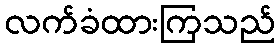
လက်ခံထားကြသည်